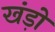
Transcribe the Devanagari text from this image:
खंड़ो